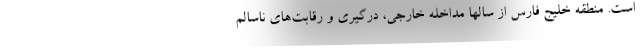
است. منطقه خلیج فارس از سالها مداخله خارجی، درگیری و رقابت‌های ناسالم